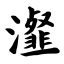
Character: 瀣